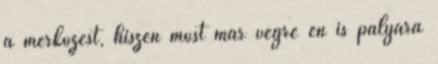
a mérkőzést, hiszen most már végre én is pályára